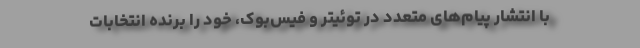
با انتشار پیام‌های متعدد در توئیتر و فیس‌بوک، خود را برنده انتخابات